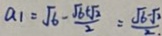
a _ { 1 } = \sqrt { 6 } - \frac { \sqrt { 6 } + \sqrt { 2 } } { 2 } = \frac { \sqrt { 6 } - \sqrt { 2 } } { 2 }